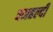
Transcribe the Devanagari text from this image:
वनहल्दी